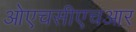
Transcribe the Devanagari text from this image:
ओएचसीएचआर